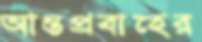
আন্তপ্রবাহের